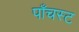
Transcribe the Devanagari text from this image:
पाँचस्ट